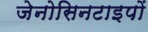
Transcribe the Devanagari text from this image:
जेनोसिनटाइपों